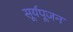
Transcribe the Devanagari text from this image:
सूर्यपूजन